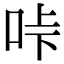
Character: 𠱚